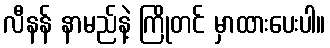
လီနန် နာမည်နဲ့ ကြိုတင် မှာထားပေးပါ။